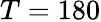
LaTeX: T=180